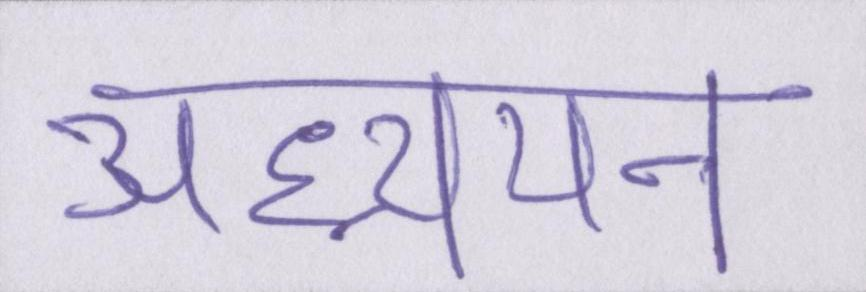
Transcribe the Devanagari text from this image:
अध्ययन